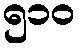
၅၁၀